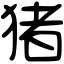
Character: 猪